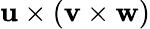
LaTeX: \mathbf{u}\times(\mathbf{v}\times\mathbf{w})